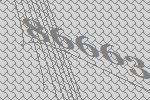
86663